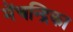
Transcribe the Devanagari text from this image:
मेंचन्द्रिका